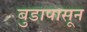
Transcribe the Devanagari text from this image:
बुडापासून